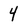
Character: 4